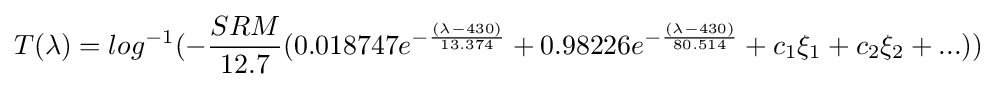
T(\lambda )=log^{-1}(-{SRM \over 12.7}(0.018747e^{-{(\lambda -430) \over 13.374}}+0.98226e^{-{(\lambda -430) \over 80.514}}+c_{1}\xi _{1}+c_{2}\xi _{2}+...))